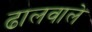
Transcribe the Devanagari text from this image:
ढालवाले